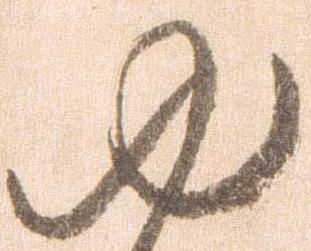
ゆ